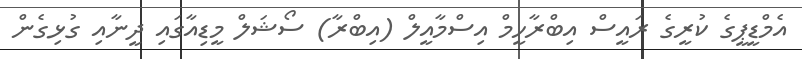
އެމްޑީޕީގެ ކުރީގެ ރައީސް އިބްރާހީމް އިސްމާއީލް (އިބްރާ) ސޯޝަލް މީޑިއާގައި ދީނާއި ގުޅިގެން